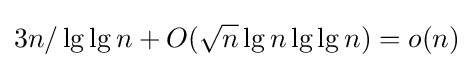
3n/\lg \lg n+O({\sqrt {n}}\lg n\lg \lg n)=o(n)